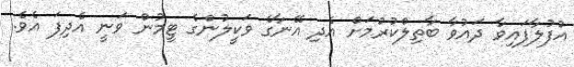
އުފުލާފައިވާ ދައުވާ ބާތިލްކުރުމަށް އެދި އޭނާގެ ވަކީލުންގެ ޓީމުން ވަނީ އެދިފަ އެވެ.